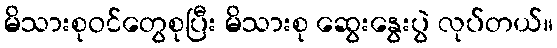
မိသားစုဝင်တွေစုပြီး မိသားစု ဆွေးနွေးပွဲ လုပ်တယ်။